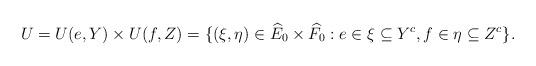
LaTeX: \begin{align*}U = U(e,Y)\times U(f, Z) = \{(\xi,\eta) \in \widehat{E}_0\times\widehat{F}_0 : e\in \xi\subseteq Y^c, f\in \eta\subseteq Z^c\}. \end{align*}